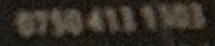
0750 413 1103